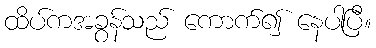
ထိပ်ကအခွန်သည် ကောက်၍ နေပါပြီ။